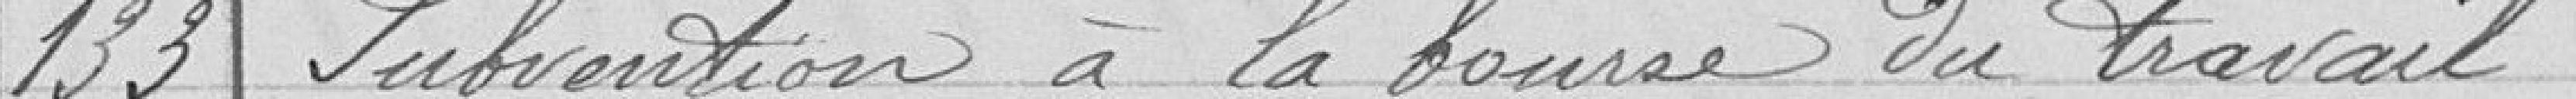
133 Subvention à la bourse du travail